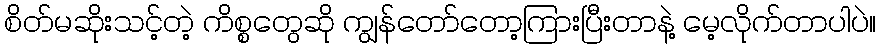
စိတ်မဆိုးသင့်တဲ့ ကိစ္စတွေဆို ကျွန်တော်တော့ကြားပြီးတာနဲ့ မေ့လိုက်တာပါပဲ။